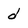
Character: d